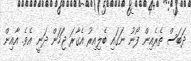
ދަބަސް ތެރެއިން ފޯނު ނަގައި ބެލިއިރު އެގާރަ ޖަހަން ދަނީ އެވެ. އާއިން